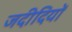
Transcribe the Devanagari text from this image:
जदीदियों